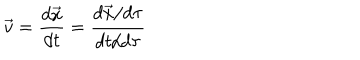
\vec { v } = \frac { d \vec { x } } { d t } = \frac { d \vec { x } / d \tau } { d t / d \tau }